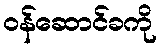
ဝန်ဆောင်ခကို